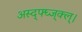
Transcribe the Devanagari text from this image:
अस्द्फ्घ्ज्क्ल्।